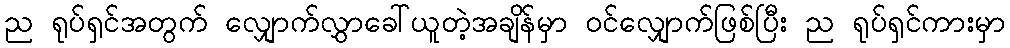
ည ရုပ်ရှင်အတွက် လျှောက်လွှာခေါ်ယူတဲ့အချိန်မှာ ဝင်လျှောက်ဖြစ်ပြီး ည ရုပ်ရှင်ကားမှာ